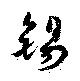
錫